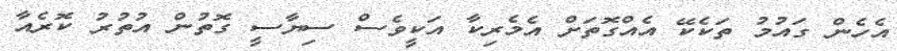
އެހެން ގައުމު ތަކެކޭ އެއްގޮތަށް އެމެރިކާ އަކީވެސް ސިޔާސީ ގޮތުން އުތުރު ކޮރެއާ